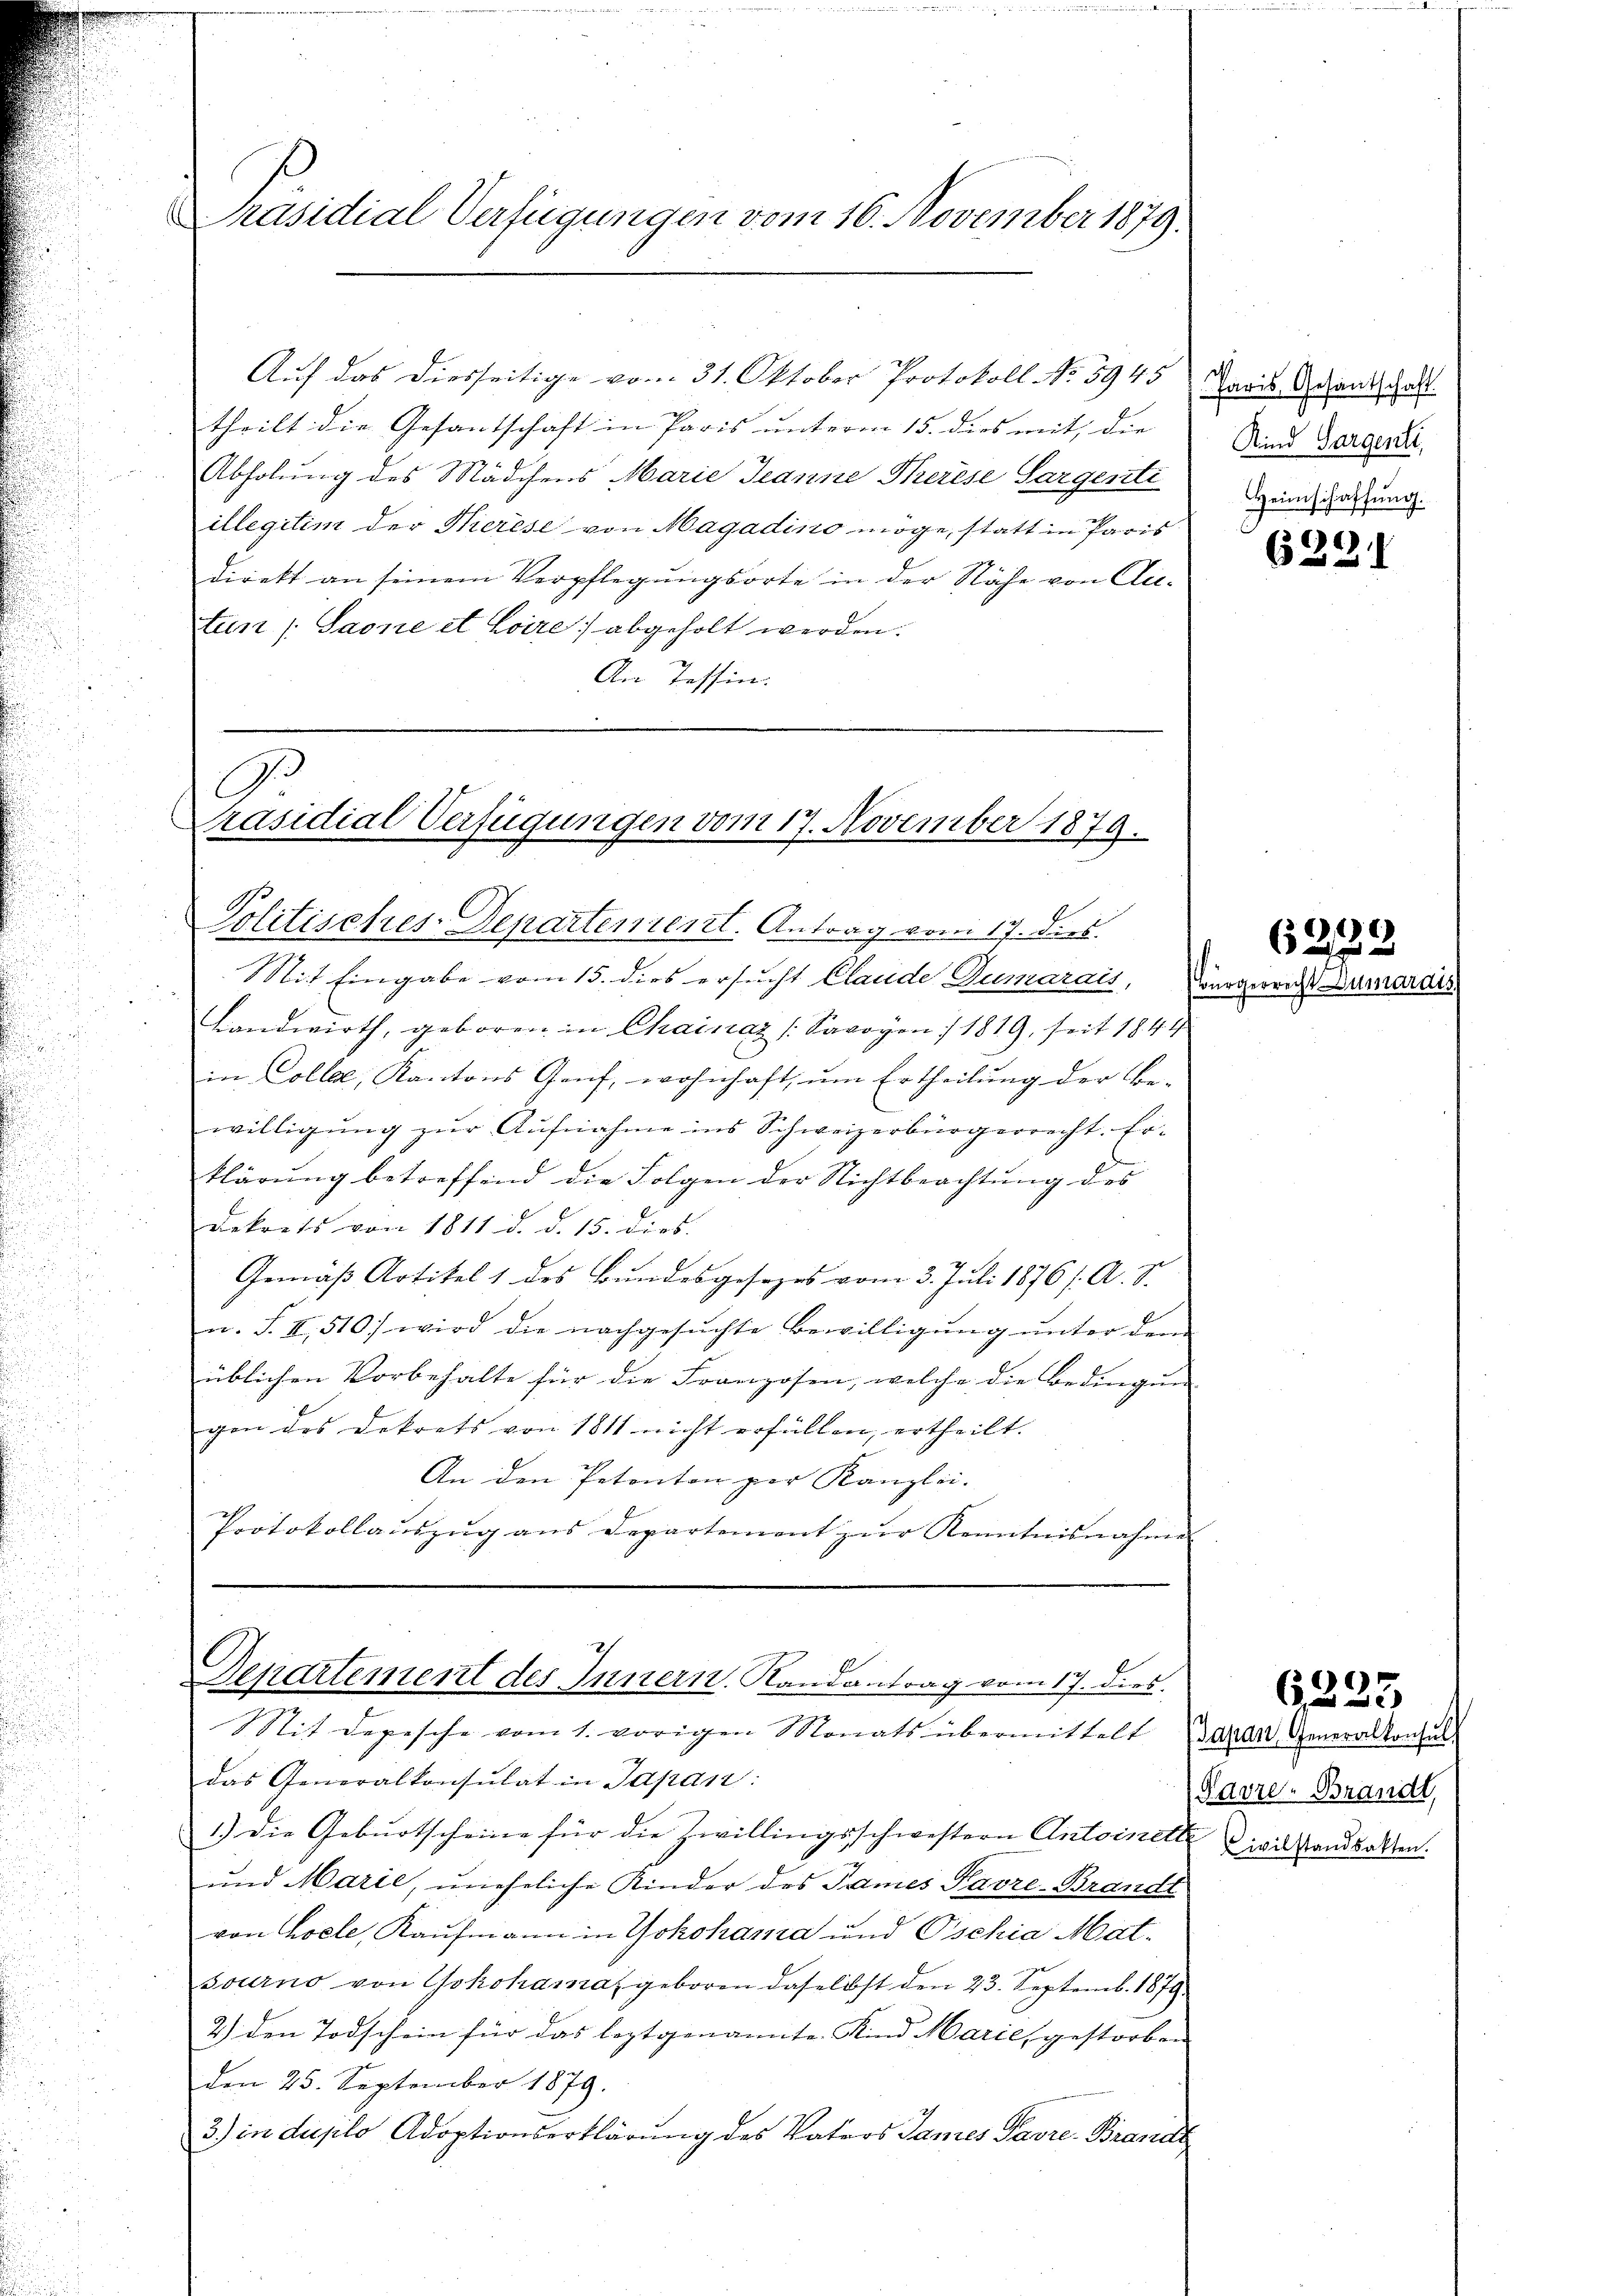
Präsidial-Verfügungen vom 16. November 1879.

Auf das diesseitige vom 31. Oktober Protokoll No 5945
theilt die Gesantschaft in Paris unterm 15. dies mit, die
Abholung des Mädchens Marie Jeanne Therese Sargenti
illegitim der Kerèse von Magadino möge, statt in Paris
direkt an seinem Verpflegungsorte in der Nähe von Ali-
tun /:Saone et Loire) abgeholt werden.
An Tessin:

G
räsidial Verfügungen vom 17. November 1879.
Politisches-Departentent. Antrag vom 17. dies

Mit Eingabe vom 15. dies ersucht Claude Dumarais, Bürgerre-
Landwirth, geboren in Chainaz /:Savoyen :/ 1819, seit 1849.
in Collae, Kantons Gruf, wohnhaft, um Ertheilung der Be-
willigung zur Aufnahme ins Schweizerbürgerrecht. Er-
klärŭng betreffend die Folgen der Nichtbeachtung des
dekrets von 1811 d. d. 15. dies
Gemäß Artikel 1 des Bundesgesezes vom 3. Juli 1876 f. A. zu
n. S. II, 510) wird die nachgesuchte Bewilligung unter dem
üblichen Vorbehalte für die Franzosen, welche die Bedingung- |
gen des Dekrets von 1811 nicht erfüllen, ertheilt.
An den Petenten per Kanzlei.
Protokollauszug aus Departement zur Kenntnisnahme |

Departement des Innern. Randantrag vom 17. dies.
Stit Depesche vom 1. vorigen Monats übermittelt

das Generalkonsulat in Japan:
1.) Die Geburtscheine für die Zwillingsschwestern Antoinette
und Marie, uneheliche Kinder des James Parze-Brandt
von hocle, Kaufmann in Yokohama und Oschia Matsourno von Yokohama, geboren daselbst den 23. Septemb. 1879
2.) den Todschein für das leztgenannte. Kind Marie, gestorben
den 25. September 1879.
3) in duplo Adoptionserklärung des Vaters James Pavre-Brands

Paris Gesandtschaft
Kind Sargenti,
Heimschaffung.

6221

))
6

untart

Japan, Generalkonsul
Pavze. Brandt,
Civilstandsakten.

6225